65_HS1-834228961_62-HQ-83894_Section_9
Agency: FBI
Page 235
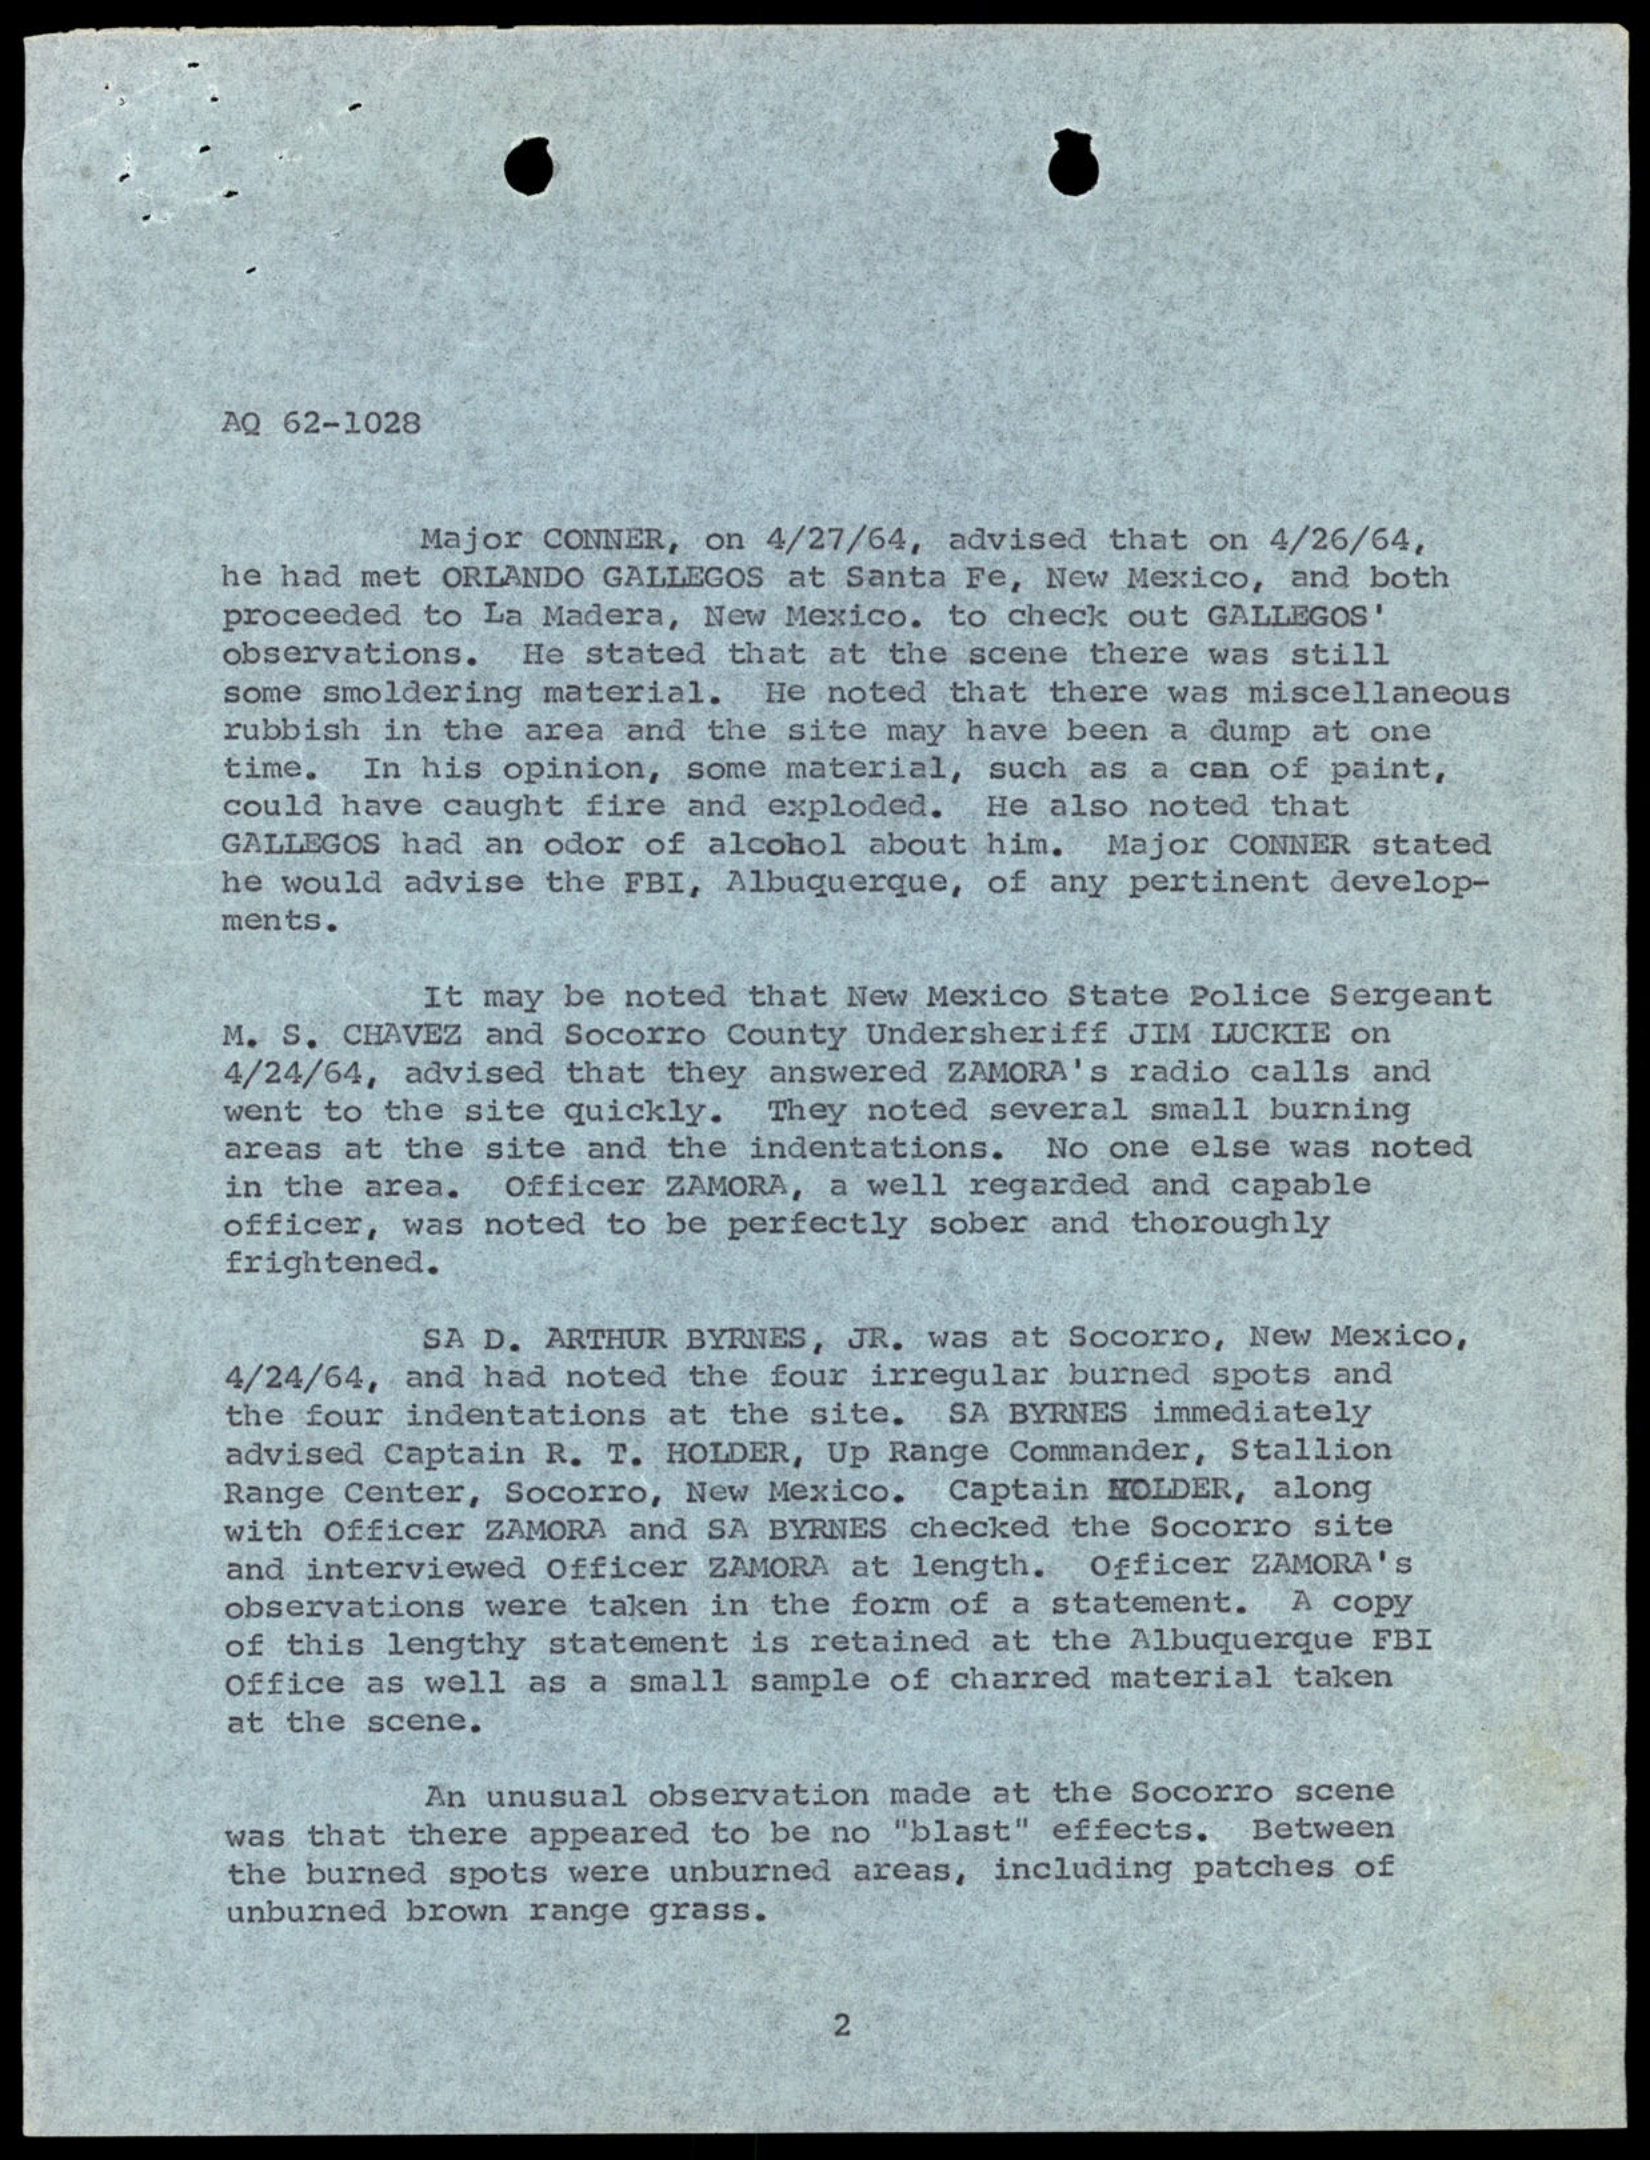